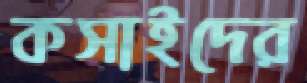
কসাইদের